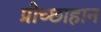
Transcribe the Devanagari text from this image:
प्रोच्छाहान